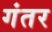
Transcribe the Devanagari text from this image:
गंतर